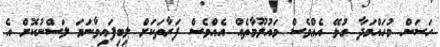
ހަސަން މުހައްމަދާ ގުޅޭ އެއްވެސް މައުލޫމާތެއް އެއްވެސް ފަރާތަކަށް ލިބިފައިވާނަމަ ލަސްނުކޮށް އެ